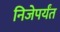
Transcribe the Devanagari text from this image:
निजेपर्यंत